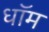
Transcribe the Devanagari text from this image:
धॉम